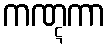
ကဏ္ဋကာ